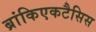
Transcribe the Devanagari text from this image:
ब्रांकिएकटैसिस